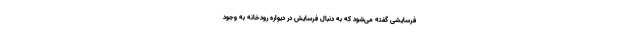
فرسایشی گفته می‌شود که به دنبال فرسایش در دیواره رودخانه به وجود